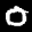
Label: 0